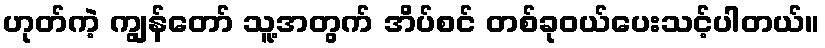
ဟုတ်ကဲ့ ကျွန်တော် သူ့အတွက် အိပ်စင် တစ်ခုဝယ်ပေးသင့်ပါတယ်။